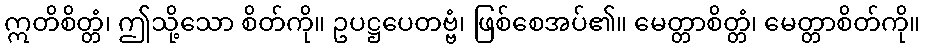
ဣတိစိတ္တံ၊ ဤသို့သော စိတ်ကို။ ဥပဋ္ဌပေတဗ္ဗံ၊ ဖြစ်စေအပ်၏။ မေတ္တာစိတ္တံ၊ မေတ္တာစိတ်ကို။